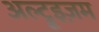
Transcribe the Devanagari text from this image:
अल्ट्रूइज़म